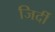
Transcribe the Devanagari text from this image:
जिर्दी